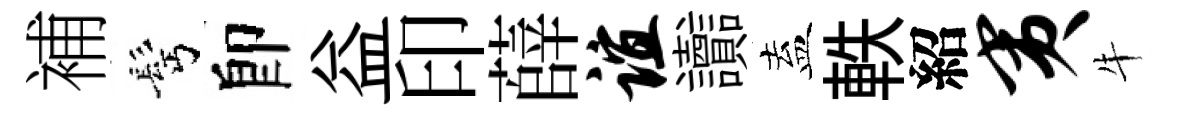
補髩卽益印薛谊讟盍軼紹夷牛